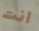
انت